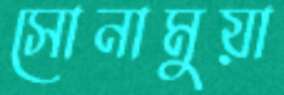
সোনামুয়া